Problem: 6 + 3 = ?
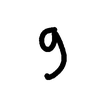
Handwritten answer: 9